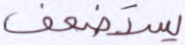
يستضعف